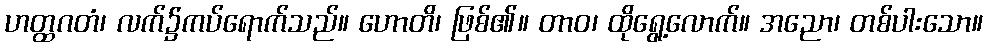
ဟတ္ထဂတံ၊ လက်၌ကပ်ရောက်သည်။ ဟောတိ၊ ဖြစ်၏။ တာဝ၊ ထိုရွေ့လောက်။ အညော၊ တစ်ပါးသော။